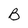
Character: B